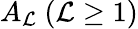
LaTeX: A_{\mathcal{L}}\ (\mathcal{L}\geq1)